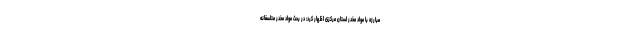
مبارزه با مواد مخدر استان مرکزی اظهار کرد: در بحث مواد مخدر متاسفانه